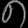
Digit: ၈